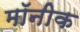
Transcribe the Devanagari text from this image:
मॉनीक